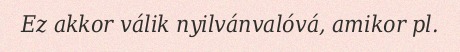
Ez akkor válik nyilvánvalóvá, amikor pl.